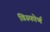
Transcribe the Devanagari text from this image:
विस्फोर्ण